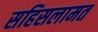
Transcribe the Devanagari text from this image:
सहिसलामत